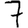
Digit: 7